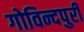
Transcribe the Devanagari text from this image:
गोविन्दपुरी